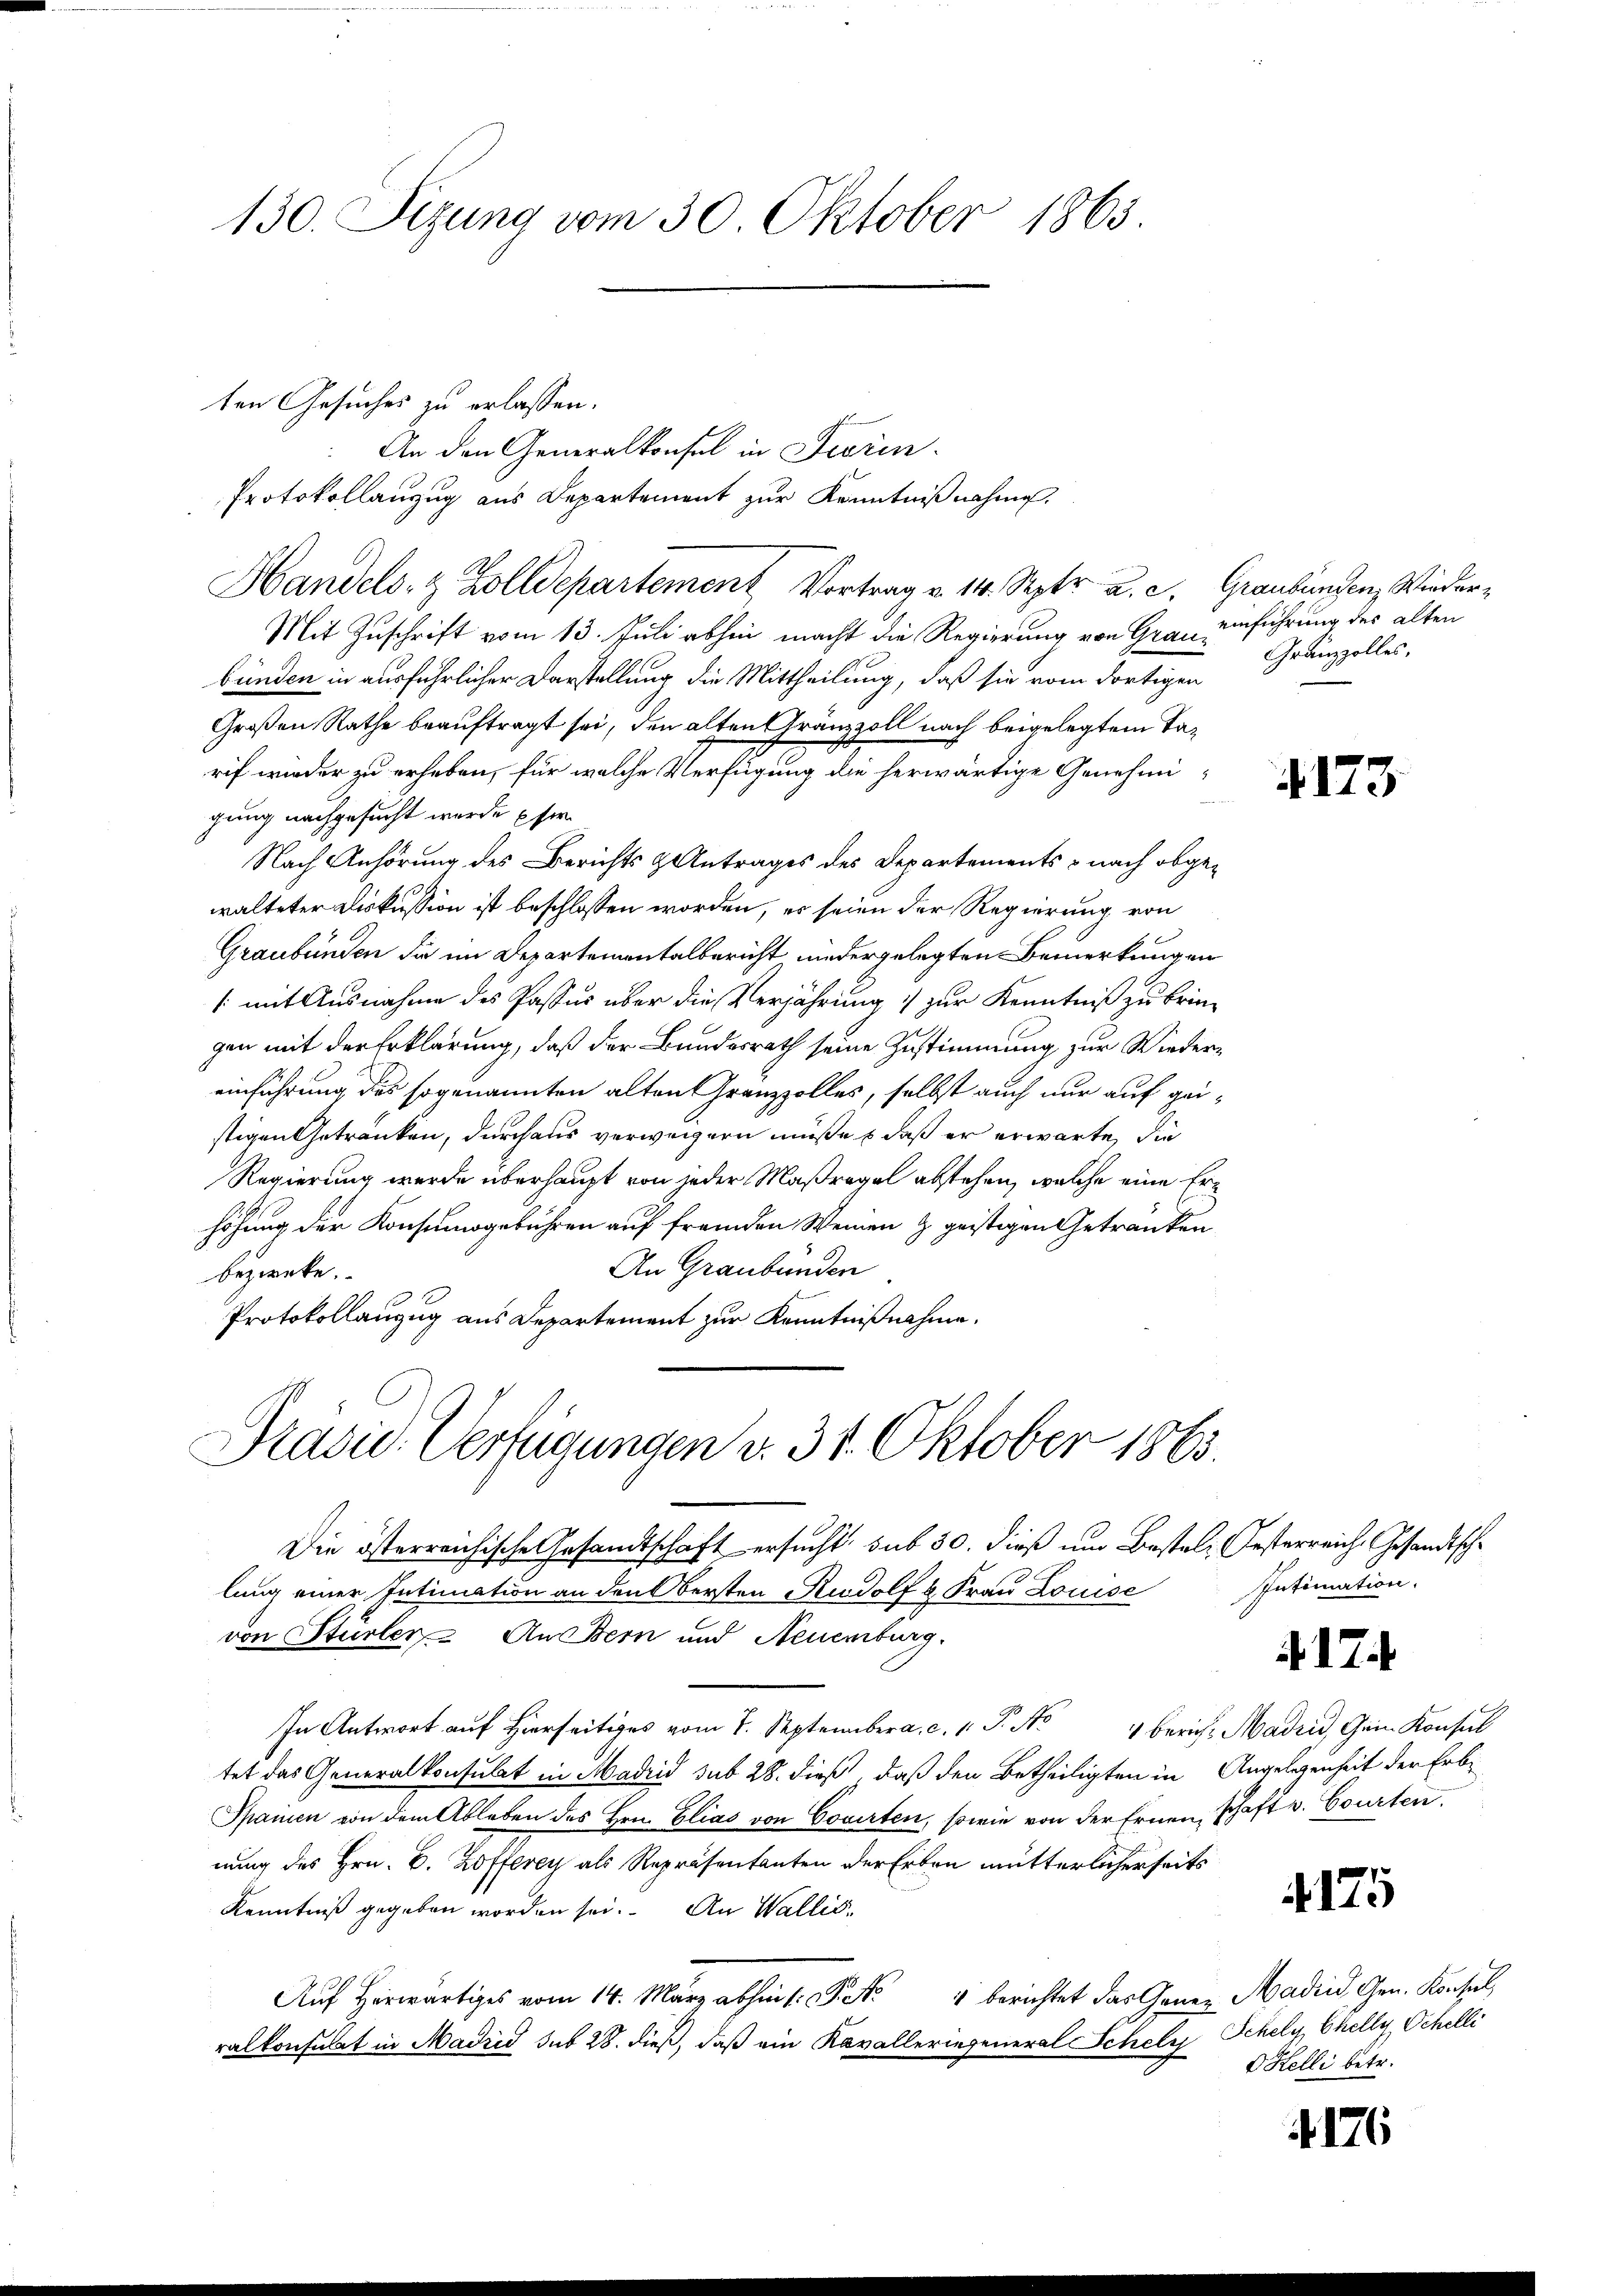
130. Sizung vom 30. Oktober 1863

ten Gesuches zu erlassen.
An den Generalkonsul in Ferin.
Protokollanzug aus Departement zur Kenntnißnahme.
Handels- & Zolldepartement Vortrag v. 14. Septr a. c. Graubungen, Wieder¬
Mit Zuschrift vom 13. Juli abhin macht die Regierung von Grau einführung des alten
bünden in ausführlicher Darstellung die Mittheilung, daß sie vom dortigen
Großen Rathe beauftragt sei, den alten Gränzzoll nach beigelegtem Tarif wieder zu erheben, für welche Verfügung die herwärtige Genehmigung nachgesucht werde pfer
Nach Anhörung des Berichts & Antrages des Departements nach obgewalteter Diskussion ist beschlossen worden, es seien der Regierung von
Graubünden die im Departementalbericht, niedergelegten Bemerkungen
/: mit Ausnahme des Passus über die Verjährung zur Kenntniß zu bringen mit der Erklärung, daß der Bundesrath seine Zustimmung zur Wiedereinführung des sogenannten alten Grenzzolles, selbst auch nur auf geistigen Getränken, durchaus verweigern müße, daß er erwarte, die
Regierung wurde überhaupt von jeder Maßregel abstehen, welche eine Erhöhung der Konsumsgebühren auf fremden Weinen z. geistigen Getranken
An Graubünden
bezweke.
Protokollanzug aus Departement zur Kenntnißnahme.

Präsid. Verfügungen v. 31. Oktober 1863.

Die österreichische Gesandtschaft ersucht, sub 30. dieß um Bestel, Oesterreich Gesandtsche
lung einer Intimation an den Obersten Rudolf u. Frau Louise
von Stürler Aus Bern und Neuenburg.
In Antwort auf hierseit vom 7. September. c. P. Nr. 4 berich, Madrid, Gei Konsul
tet das Generalkonsulat in Madrid sub 28. dieß, daß den Betheiligten in Angelegenheit der Erbe¬
Spainen von dem Ableben des Hrn. Elias von Cocirten, sowie von der Ernen, schaft v. Courten.
nung des Hrn. B. Zofferey als Repräsentanten der Erben mütterlicherseits
Kenntniß gegeben worden sei. An Wallis,
Aŭf herwärtiges vom 14. März abhin /: P. Nr. 4 berichtet das Gener Madin Gen. Konsul
ralkonsulat in Madrid sub 28. dieß, daß ein Kavalleriegeneral Schely Schely, Chelly Schelli

Gränzzolles,

4173

Intimation.

17.

4175

G Helli betr.

4176